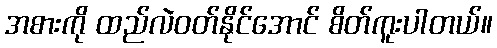
အစားကို ထည်လဲဝတ်နိုင်အောင် စိတ်ကူးပါတယ်။